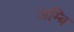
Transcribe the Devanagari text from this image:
अम्बि